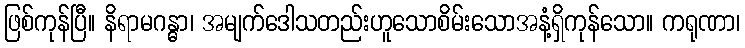
ဖြစ်ကုန်ပြီ။ နိရာမဂန္ဓာ၊ အမျက်ဒေါသတည်းဟူသောစိမ်းသောအနံ့ရှိကုန်သော။ ကရုဏာ၊